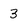
Character: 3